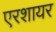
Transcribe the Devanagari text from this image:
एरशायर